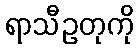
ရာသီဥတုကို